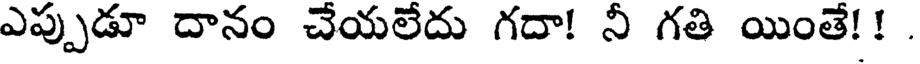
ఎప్పుడూ దానం చేయలేదు గదా! నీ గతి యింతే!!